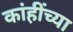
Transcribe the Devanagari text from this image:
कांहींच्या